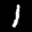
Label: 1